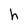
Character: h